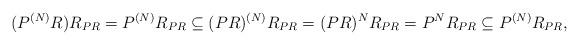
LaTeX: \begin{align*}(P^{(N)}R) R_{P R} = P^{(N)} R_{P R} \subseteq (PR)^{(N)} R_{P R} = (PR)^{N} R_{P R} = P^N R_{PR} \subseteq P^{(N)} R_{P R}, \end{align*}